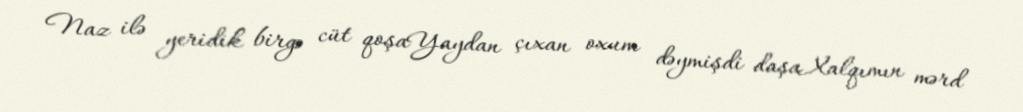
Naz ilə yeridik birgə cüt qoşaYaydan çıxan oxum dəymişdi daşaXalqımın mərd